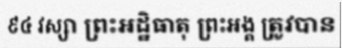
៩៤ វស្សា ព្រះអដ្ឋិធាតុ ព្រះអង្គ ត្រូវបាន